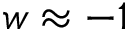
w \approx - 1